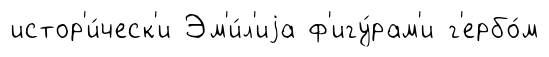
истор'и́ческ'и Эм'и́л'иjа ф'игу́рам'и г'ербо́м